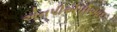
એનપીએપીઆઇ